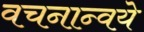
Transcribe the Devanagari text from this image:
वचनान्वये